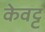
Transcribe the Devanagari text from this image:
केवट्ट